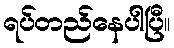
ရပ်တည်နေပါပြီ။